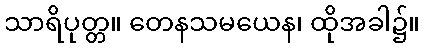
သာရိပုတ္တ။ တေနသမယေန၊ ထိုအခါ၌။